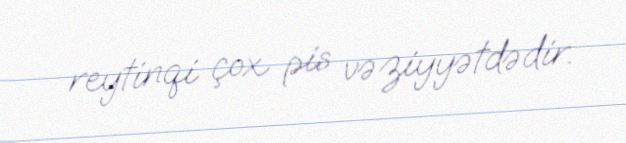
reytinqi çox pis vəziyyətdədir.